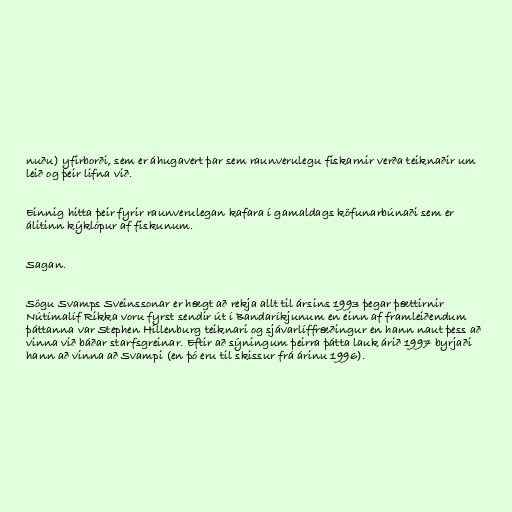
nuðu) yfirborði, sem er áhugavert þar sem raunverulegu fiskarnir verða teiknaðir um
leið og þeir lifna við.

Einnig hitta þeir fyrir raunverulegan kafara í gamaldags köfunarbúnaði sem er
álitinn kýklópur af fiskunum.

Sagan.

Sögu Svamps Sveinssonar er hægt að rekja allt til ársins 1993 þegar þættirnir
Nútímalíf Rikka voru fyrst sendir út í Bandaríkjunum en einn af framleiðendum
þáttanna var Stephen Hillenburg teiknari og sjávarlíffræðingur en hann naut þess að
vinna við báðar starfsgreinar. Eftir að sýningum þeirra þátta lauk árið 1997 byrjaði
hann að vinna að Svampi (en þó eru til skissur frá árinu 1996).